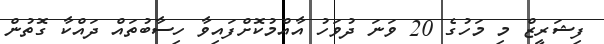
ފިޝަރީޒް މި މަހުގެ 20 ވަނަ ދުވަހު އާއްމުކޮށްފައިވާ ހިސާބުތައް ދައްކާ ގޮތުން